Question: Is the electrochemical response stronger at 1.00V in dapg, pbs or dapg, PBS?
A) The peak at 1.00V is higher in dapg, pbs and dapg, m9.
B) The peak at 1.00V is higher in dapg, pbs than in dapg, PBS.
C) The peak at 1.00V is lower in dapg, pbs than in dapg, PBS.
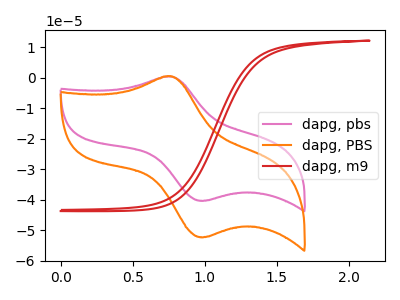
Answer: <think>The pink curve "dapg, pbs" has an anodic peak at (0.75V, 0.35uA) and a cathodic peak at (1.00V, -40.30uA). The orange curve "dapg, PBS" has an anodic peak at (0.75V, 0.50uA) and a cathodic peak at (1.00V, -52.25uA). The red curve "dapg, m9" has no peaks.</think>
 <answer>C) The peak at 1.00V is lower in "dapg, pbs" than in "dapg, PBS".</answer>
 <eval>C</eval>